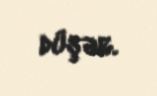
düşər.